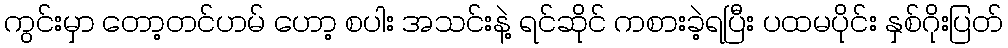
ကွင်းမှာ တော့တင်ဟမ် ဟော့ စပါး အသင်းနဲ့ ရင်ဆိုင် ကစားခဲ့ရပြီး ပထမပိုင်း နှစ်ဂိုးပြတ်